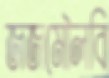
জজমৌলবি